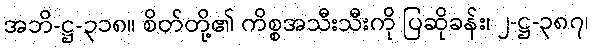
အဘိ-ဋ္ဌ-၃၁၈။ စိတ်တို့၏ ကိစ္စအသီးသီးကို ပြဆိုခန်း၊ ၂-ဋ္ဌ-၃၈၇၊